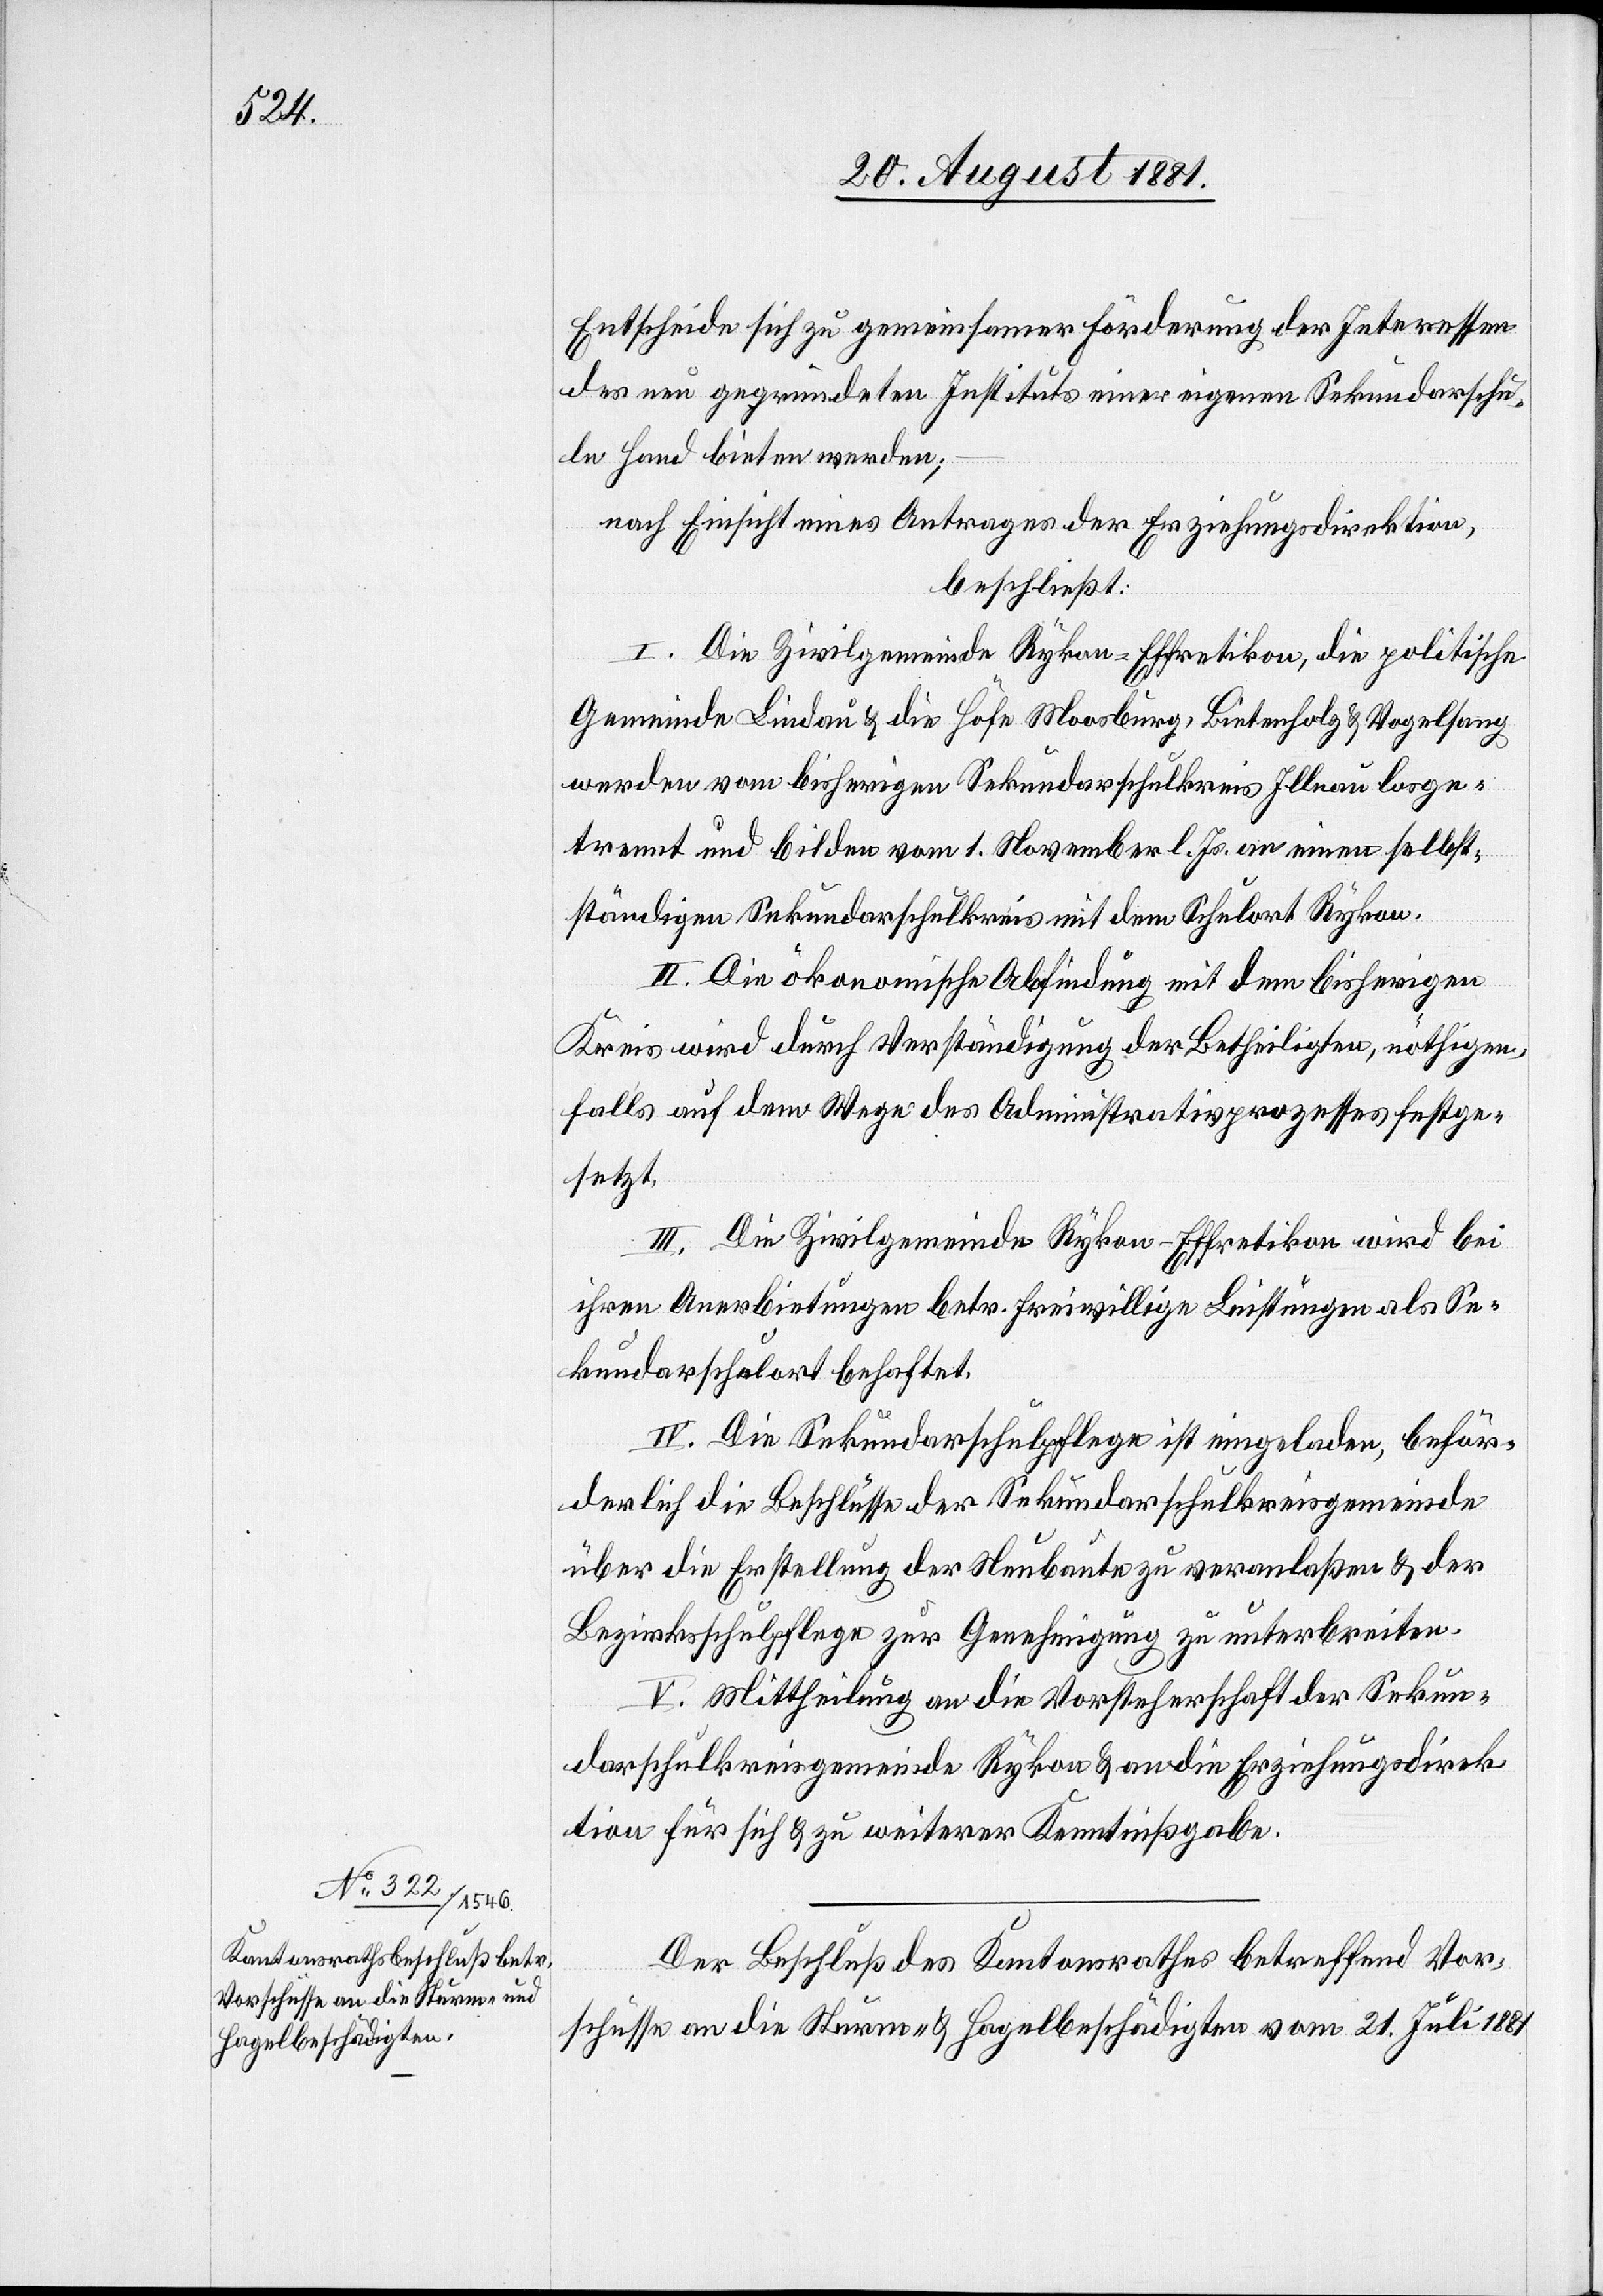
Entscheide sich zu gemeinsamer Förderung der Interessen
des neu gegründeten Instituts einer eigenen Sekundarschu¬
le Hand bieten werden;
nach Einsicht eines Antrages der Erziehungsdirektion,
beschließt:
I. Die Zivilgemeinde Rykon - Effretikon, die politische
Gemeinde Lindau & die Höfe Moosburg, Bietenholz & Vogelsang
werden vom bisherigen Sekundarschulkreis Illnau losge¬
trennt und bilden vom 1. November l. Js. an einen selbst¬
ständigen Sekundarschulkreis mit dem Schulort Rykon.
II. Die ökonomische Abfindung mit dem bisherigen
Kreis wird durch Verständigung der Betheiligten, nöthigen¬
falls auf dem Wege des Administrativprozesses festge¬
setzt.
III. Die Zivilgemeinde Rykon - Effretikon wird bei
ihren Anerbietungen betr. freiwillige Leistungen als Se¬
kundarschulort behaftet.
IV. Die Sekundarschulpflege ist eingeladen, beför¬
derlich die Beschlüsse der Sekundarschulkreisgemeinde
über die Erstellung der Neubaute zu veranlaßen & der
Bezirksschulpflege zur Genehmigung zu unterbreiten.
V. Mittheilung an die Vorsteherschaft der Sekun¬
darschulkreisgemeinde Rykon & an die Erziehungsdirek¬
tion für sich & zu weiterer Kenntnißgabe.
Der Beschluß des Kantonsrathes betreffend Vor¬
schüsse an die Sturm- & Hagelbeschädigten vom 21. Juli 1881